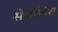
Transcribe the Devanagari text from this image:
सेवलिव